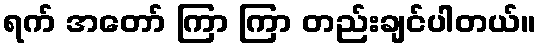
ရက် အတော် ကြာ ကြာ တည်းချင်ပါတယ်။